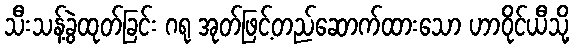
သီးသန့်ခွဲထုတ်ခြင်း ဂရု အုတ်ဖြင့်တည်ဆောက်ထားသော ဟာဝိုင်ယီသို့